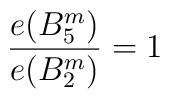
{e(B^m_5)\over e(B^m_2)}=1